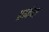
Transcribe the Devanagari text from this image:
प्राकंण